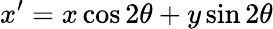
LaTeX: x^{\prime}=x\cos 2\theta+y\sin 2\theta